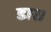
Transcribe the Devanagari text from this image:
डार।